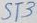
Text: ST3